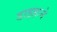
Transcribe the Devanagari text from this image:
डाइहाने